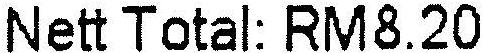
NETT TOTAL: RM8.20